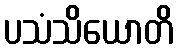
ပသံသိယောတိ